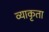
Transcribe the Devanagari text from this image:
व्याकृता